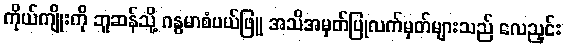
ကိုယ်ကျိုးကို ဘူဆန်သို့ ဂန္ဓမာစံပယ်ဖြူ အသိအမှတ်ပြုလက်မှတ်များသည် လေညှင်း